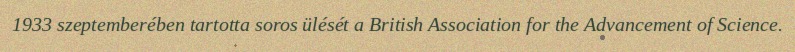
1933 szeptemberében tartotta soros ülését a British Association for the Advancement of Science.